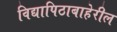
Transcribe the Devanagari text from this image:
विद्यापिठाबाहेरील